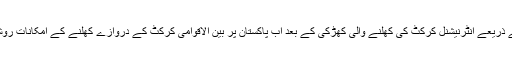
پی ایس ایل کے ذریعے انٹرنیشنل کرکٹ کی کھلنے والی کھڑکی کے بعد اب پاکستان پر بین الاقوامی کرکٹ کے دروازے کھلنے کے امکانات روشن ہوگئے ہیں۔